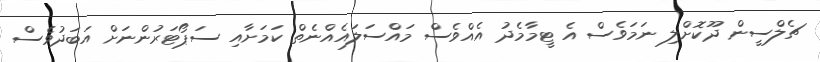
ޗެލްސީން ދޫކޮށްލި ނަމަވެސް އެ ޓީމާމެދު އެއްވެސް މައްސަލައެއްނެތް ކަމަށާއި ސަޕޯޓަރުންނަށް އަބަދުވެސް